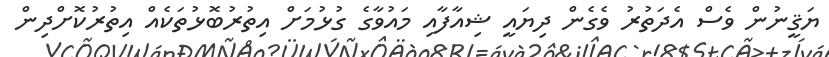
ޔަޤީނުން ވެސް އެދަތުރު ވެގެން ދިޔައީ ޝިއާފާއި މައުވާގެ ގުޅުމަށް އިތުރުބޮޅުތަކެއް އިތުރުކޮށްދިން